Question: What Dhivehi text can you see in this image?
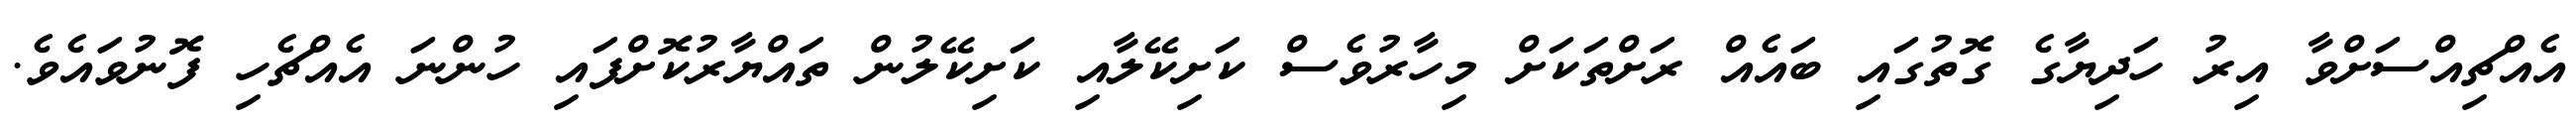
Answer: އެއްޗިއްސަށްވާ އިރު ހަދިޔާގެ ގޮތުގައި ބައެއް ރަށްތަކަށް މިހާރުވެސް ކަށިކޭލާއި ކަށިކޭލުން ތައްޔާރުކޮށްފައި ހުންނަ އެއްޗެހި ފޮނުވައެވެ.